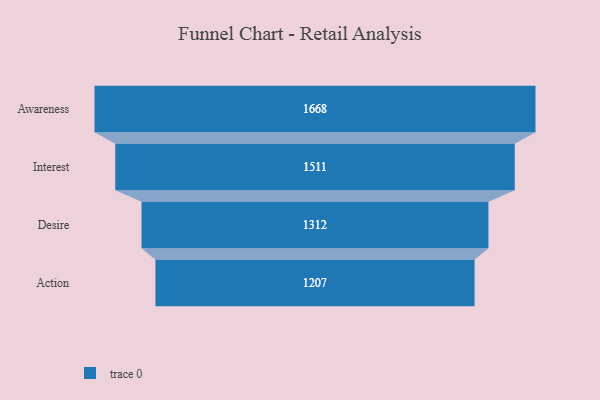
{"axis": {"x": "Stage", "y": "Value"}, "legend": [""], "data": [{"x": "Awareness", "y": 1668.0, "type": ""}, {"x": "Interest", "y": 1511.0, "type": ""}, {"x": "Desire", "y": 1312.0, "type": ""}, {"x": "Action", "y": 1207.0, "type": ""}]}